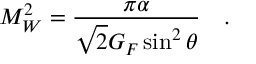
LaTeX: M _ { W } ^ { 2 } = \frac { \pi \alpha } { \sqrt { 2 } G _ { F } \sin ^ { 2 } \theta } ~ ~ ~ .